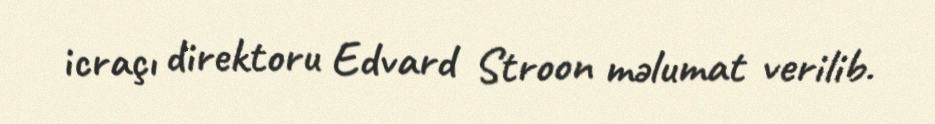
icraçı direktoru Edvard Stroon məlumat verilib.